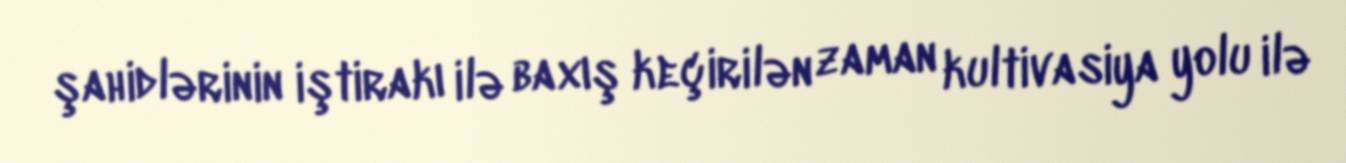
şahidlərinin iştirakı ilə baxış keçirilən zaman kultivasiya yolu ilə